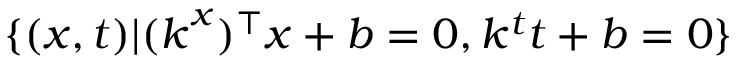
\{ ( \boldsymbol { x } , t ) | ( \boldsymbol { k } ^ { x } ) ^ { \top } \boldsymbol { x } + b = 0 , k ^ { t } t + b = 0 \}